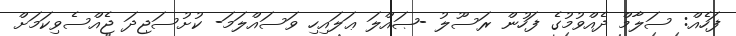
ފަހެއް: ސަލާމް ދެއްވުމުގެ ފަހުން ރަސޫލު -ޞައްލަ ޢަލައިހި ވަސައްލަމަ- ކުށުސަޖިދަ ޖެއްސެވިކަމަށް